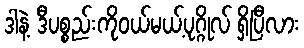
ဒါနဲ့ ဒီပစ္စည်းကိုဝယ်မယ့်ပုဂ္ဂိုလ် ရှိပြီလား